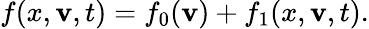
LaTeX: f(x,\mathbf{v},t)=f_{0}(\mathbf{v})+f_{1}(x,\mathbf{v},t).